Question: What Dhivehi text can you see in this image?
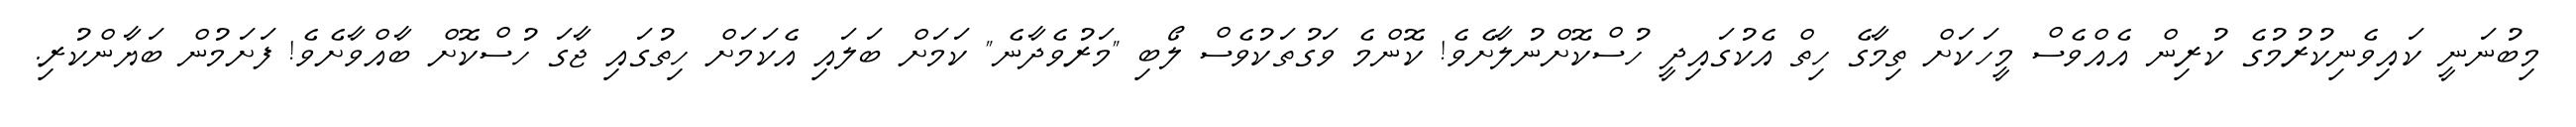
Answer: މިބުނަނީ ކައިވެނިކުރުމުގެ ކުރިން އެއްވެސް މީހަކަށް ތިމާގެ ހިތް އެކުގައިދީ ހުސްކޮށްނުލާށެވެ! ކޮންމެ ވަގުތަކުވެސް ލޯބި "މަރުވެދާނެ" ކަމަށް ބަލައި އެކަމަށް ހިތުގައި ޖާގަ ހުސްކޮށް ބާއްވާށެވެ! ފަށަމުން ބަޔާންކުރި.